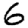
Digit: 6